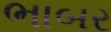
ભાબર